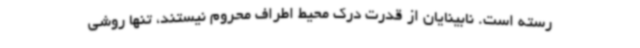
رسته است. نابینایان از قدرت درک محیط اطراف محروم نیستند، تنها روشی